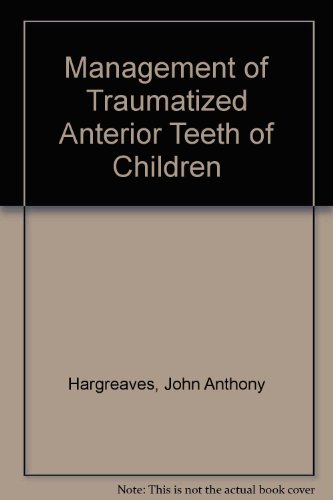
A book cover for Management of Traumatized Anterior Teeth of Children; John Anthony Hargreaves; Medical Books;